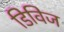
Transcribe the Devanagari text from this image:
डिविज